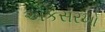
એકસરખો